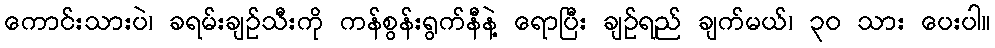
ကောင်းသားပဲ၊ ခရမ်းချဉ်သီးကို ကန်စွန်းရွက်နီနဲ့ ရောပြီး ချဉ်ရည် ချက်မယ်၊ ၃၀ သား ပေးပါ။